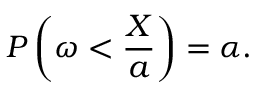
P \left( \omega < { \frac { X } { a } } \right) = \alpha .